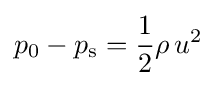
p_{0}-p_{\text{s}}={\frac {1}{2}}\rho \,u^{2}